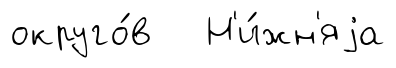
округо́в Н'и́жн'яjа